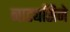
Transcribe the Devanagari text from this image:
नाट्यसिने